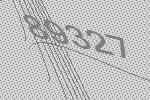
89327